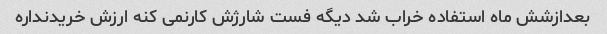
بعدازشش ماه استفاده خراب شد دیگه فست شارژش کارنمی کنه ارزش خریدنداره